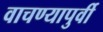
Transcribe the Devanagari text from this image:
वाचण्यापुर्वी